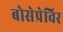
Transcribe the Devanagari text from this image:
बोसेप्रेविर